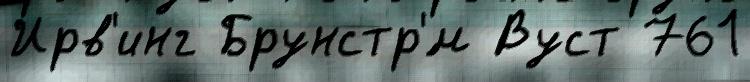
Ирв'инг Брунстр'́м Вуст 761